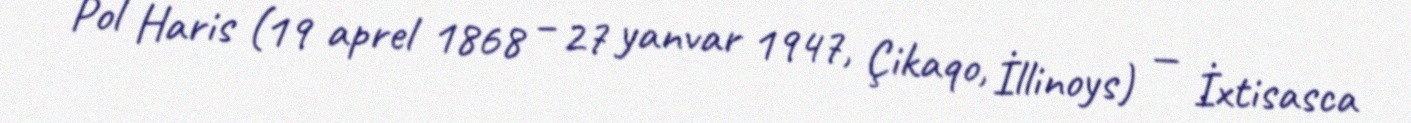
Pol Haris (19 aprel 1868 – 27 yanvar 1947, Çikaqo, İllinoys) — İxtisasca